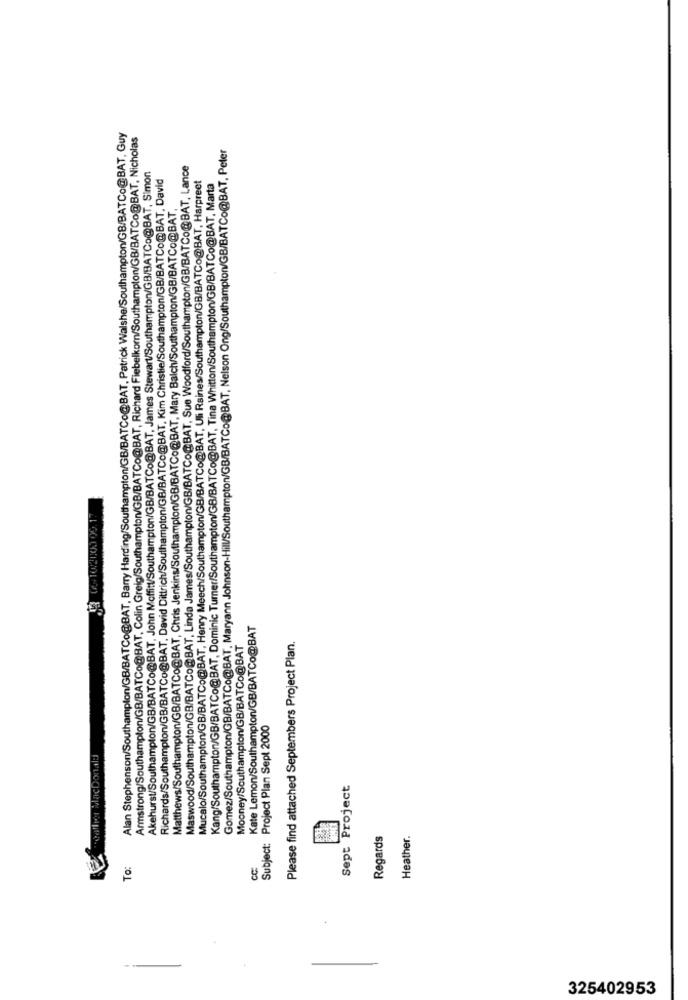
Alan Stephenson/Southampton/GB/BATCo@BAT, Barry Harding/Southampton/GB/BATCo@BAT, Patrick Walshe/Southampton/GB/BATCo@BAT, Guy
Armstrong/Southampton/GB/BATCo@BAT, Colin Greig/Southampton/GB/BATCo@BAT, Richard Fiebelkom/Southampton/GB/BATCo@BAT, Nicholas
Gomez/Southampton/GB/BATCo@BAT. Maryann Johnson-Hill/Southampton/GB/BATCo@BAT, Nelson Ong/Southampton/GB/BATCo@BAT, Peter
Maswood/Southampton/GB/BATCo@BAT, Linda James/Southampton/GB/BATCo@BAT, Sue Woodford/Southampton/GB/BATCo@BAT, Lance
Akehurst/Southampton/GB/BATCo@BAT, John Moffitt/Southampton/GB/BATCo@BAT, James Stewart/Southampton/GB/BATCo@BAT, Simon
Richards/Southampton/GB/BATCo@BAT, David Dittrich/Southampton/GB/BATCo@BAT, Kim Christie/Southampton/GB/BATCo@BAT, David
Mucalo/Southampton/GB/BATCo@BAT, Henry Meech/Southampton/GB/BATCo@BAT, Uli Raines/Southampton/GB/BATCo@BAT, Harpreet
Kang/Southampton/GB/BATCo@BAT, Dominic Turner/Southampton/GB/BATCo@BAT, Tina Whitton/Southampton/GB/BATCo@BAT, Marta
Matthews/Southampton/GB/BATCo@BAT, Chris Jenkins/Southampton/GB/BATCo@BAT, Mary Balch/Southampton/GB/BATCo@BAT,
Kate Lemon/Southampton/GB/BATCo@BAT
Mooney/Southampton/GB/BATCo@BAT
Please find attached Septembers Project Plan.
Subject: Project Plan Sept 2000
Sept Project
Regards
Heather.
TO:
CC
325402953